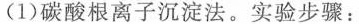
(1) 碳酸根离子沉淀法。实验步骤：